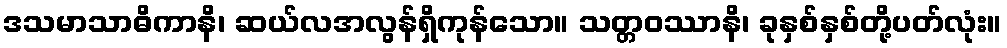
ဒသမာသာဓိကာနိ၊ ဆယ်လအလွန်ရှိကုန်သော။ သတ္တဝဿာနိ၊ ခုနှစ်နှစ်တို့ပတ်လုံး။